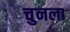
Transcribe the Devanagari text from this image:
चुनला